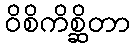
ဝိစိကိစ္ဆိတာ